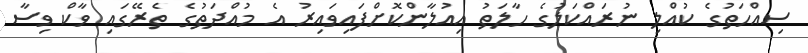
ސިއްހަތުގެ ކުއްލި ނުރައްކަލުގެ ހާލަތު އިއުލާންކޮށްފައިވައިރު އެ މުއްދަތުގެ ތެރޭގައި ވާކް ވިސާ